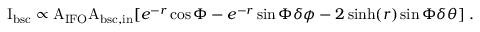
\mathrm { I _ { b s c } } \propto \mathrm { A _ { I F O } A _ { b s c , i n } } [ e ^ { - r } \cos \Phi - e ^ { - r } \sin \Phi \delta \phi - 2 \sinh ( r ) \sin \Phi \delta \theta ] \; .